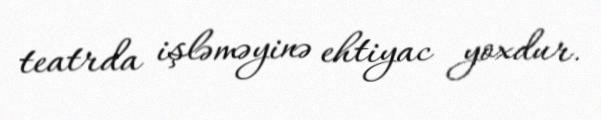
teatrda işləməyinə ehtiyac yoxdur.